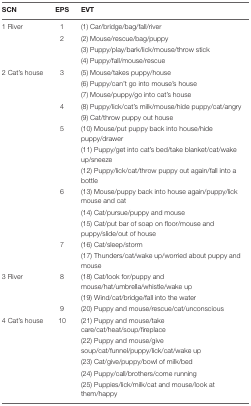
| SCN | EPS | EVT |
 | --- | --- | --- |
 | 1 River | 1 | (1) Car/bridge/bag/fall/river |
 |  | 2 | (2) Mouse/rescue/bag/puppy |
 |  |  | (3) Puppy/play/bark/lick/mouse/throw stick |
 |  |  | (4) Puppy/fall/mouse/rescue |
 | 2 Cat’s house | 3 | (5) Mouse/takes puppy/house |
 |  |  | (6) Puppy/can’t go into mouse’s house |
 |  |  | (7) Mouse/puppy/go into cat’s house |
 |  | 4 | (8) Puppy/lick/cat’s milk/mouse/hide puppy/cat/angry |
 |  |  | (9) Cat/throw puppy out house |
 |  | 5 | (10) Mouse/put puppy back into house/hide puppy/drawer |
 |  |  | (11) Puppy/get into cat’s bed/take blanket/cat/wake up/sneeze |
 |  |  | (12) Puppy/lick/cat/throw puppy out again/fall into a bottle |
 |  | 6 | (13) Mouse/puppy back into house again/puppy/lick mouse and cat |
 |  |  | (14) Cat/pursue/puppy and mouse |
 |  |  | (15) Cat/put bar of soap on floor/mouse and puppy/slide/out of house |
 |  | 7 | (16) Cat/sleep/storm |
 |  |  | (17) Thunders/cat/wake up/worried about puppy and mouse |
 | 3 River | 8 | (18) Cat/look for/puppy and mouse/hat/umbrella/whistle/wake up |
 |  |  | (19) Wind/cat/bridge/fall into the water |
 |  | 9 | (20) Puppy and mouse/rescue/cat/unconscious |
 | 4 Cat’s house | 10 | (21) Puppy and mouse/take care/cat/heat/soup/fireplace |
 |  |  | (22) Puppy and mouse/give soup/cat/funnel/puppy/lick/cat/wake up |
 |  |  | (23) Cat/give/puppy/bowl of milk/bed |
 |  |  | (24) Puppy/call/brothers/come running |
 |  |  | (25) Puppies/lick/milk/cat and mouse/look at them/happy |